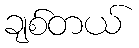
ချစ်တယ်